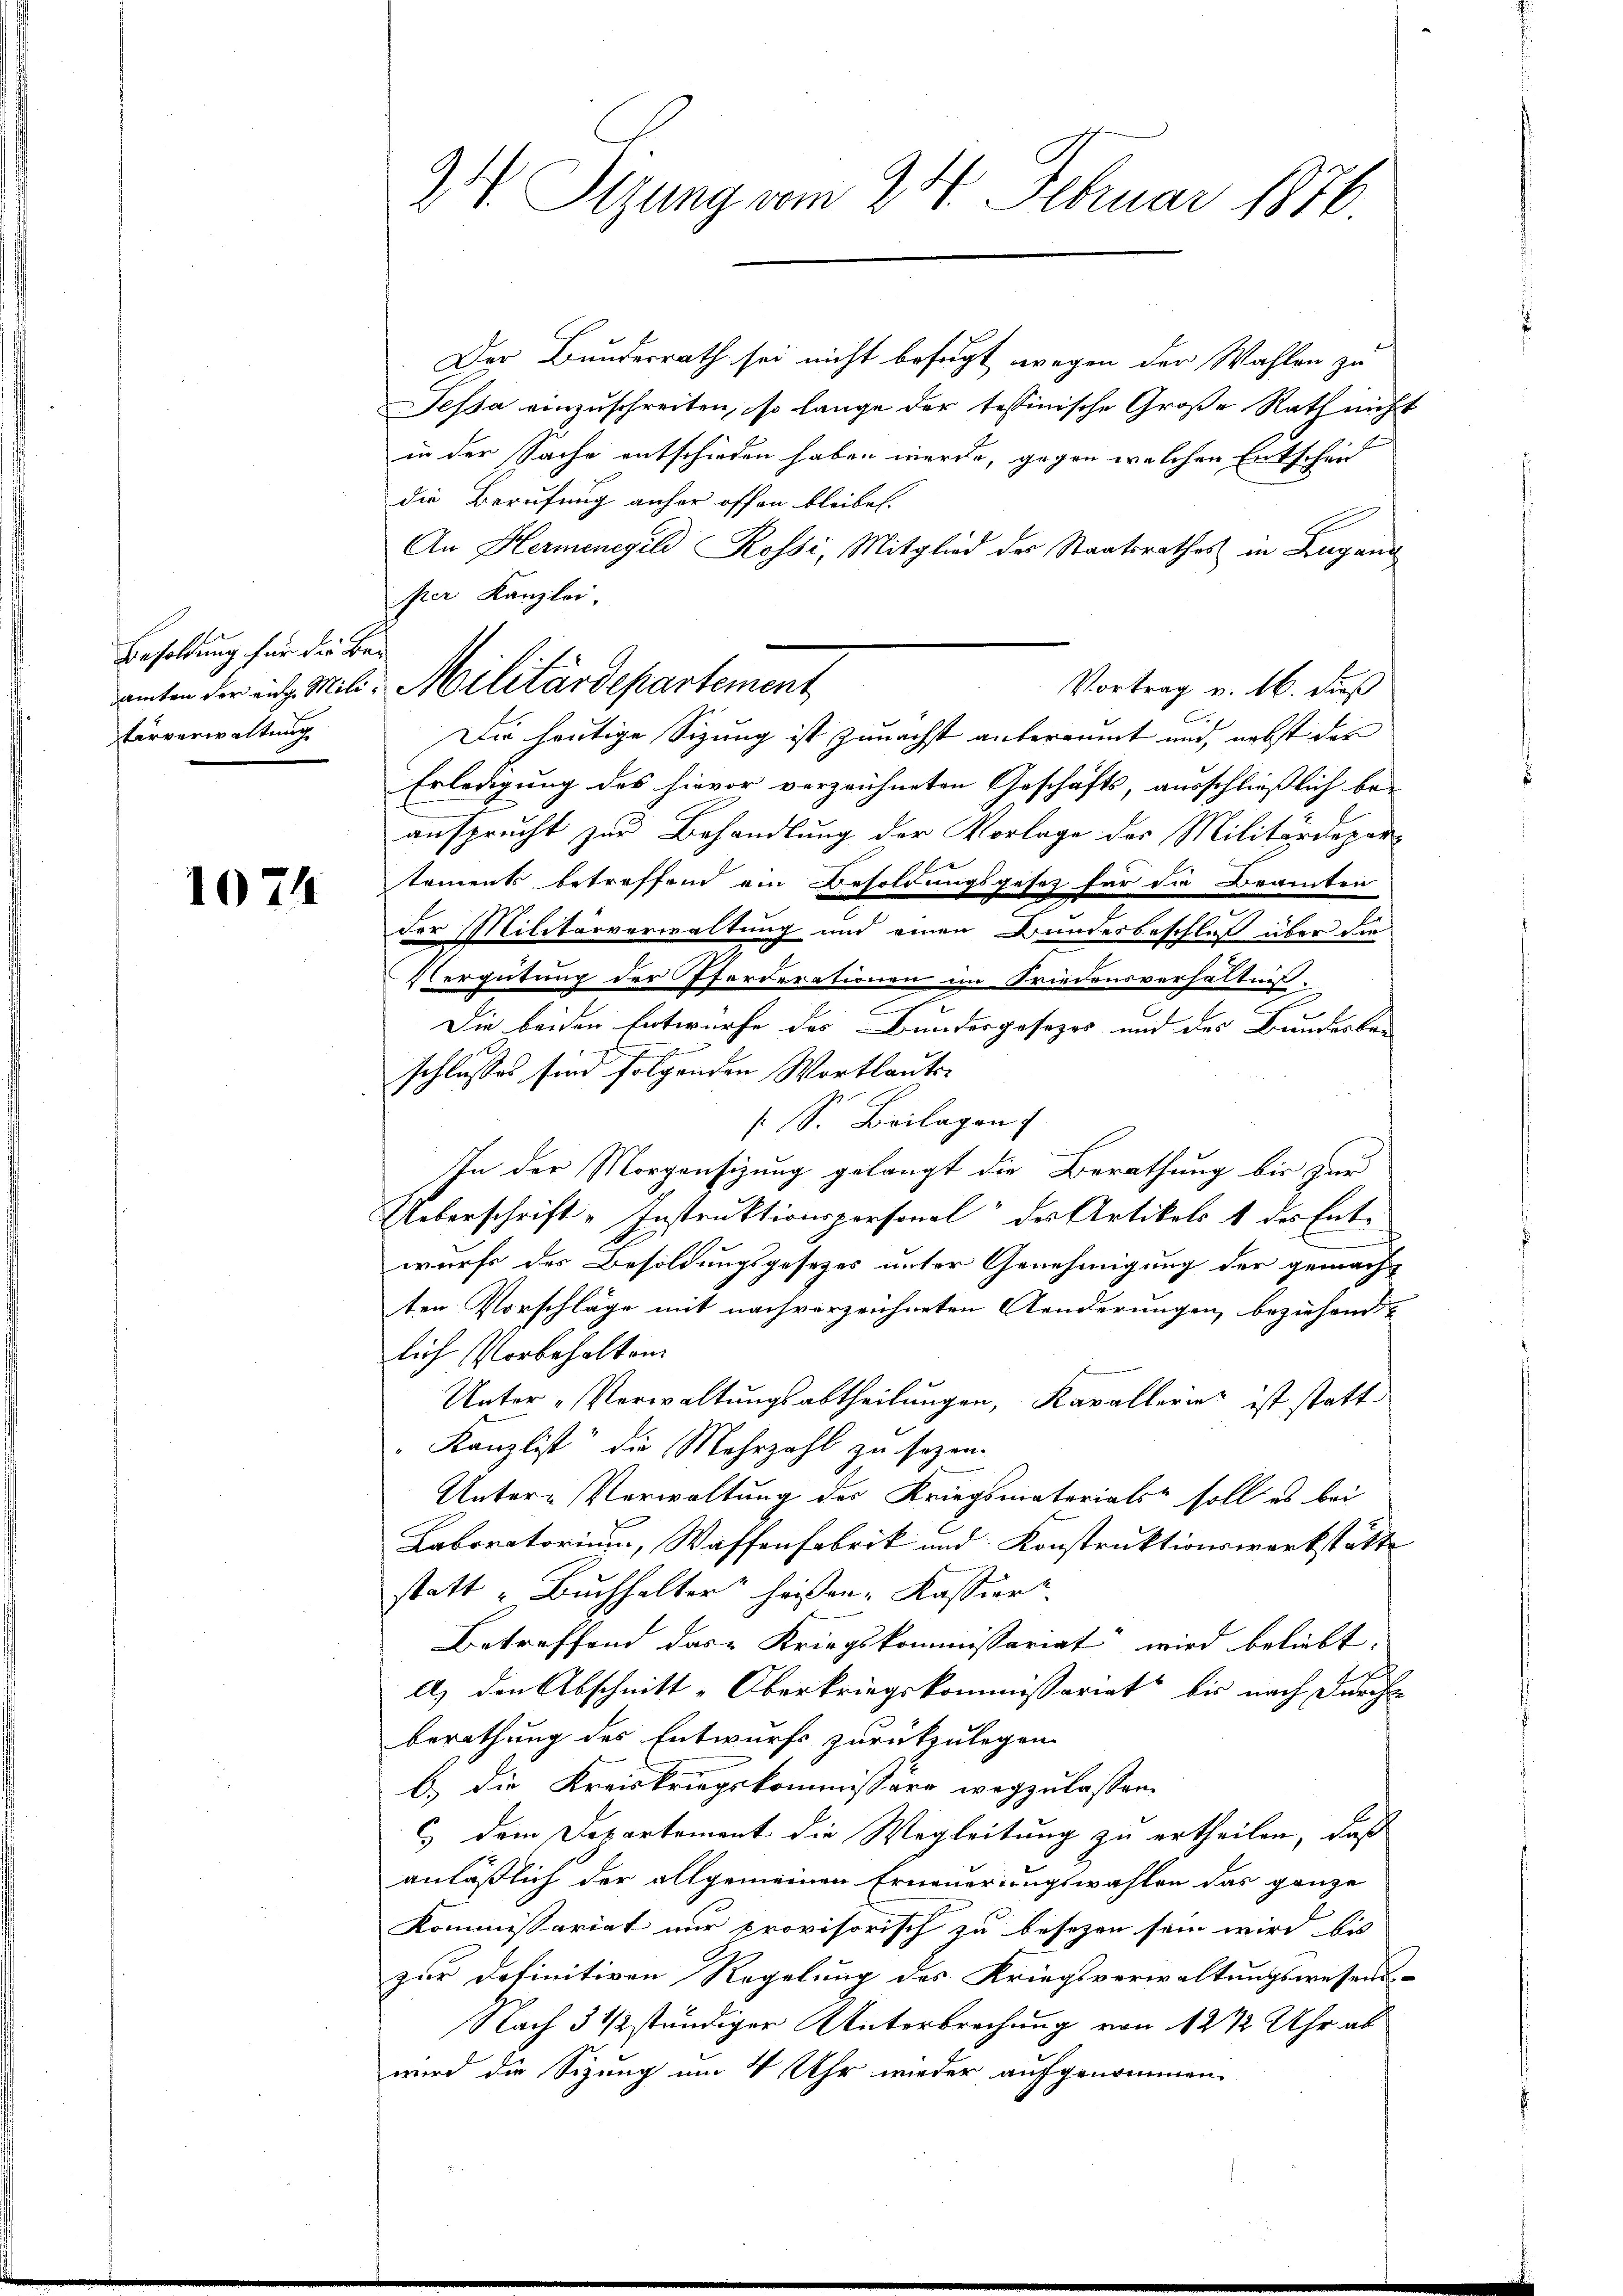
Besoldung für die Be-
terverwaltung

1074

Der Bundesrath sei nicht befugt wegen der Wahlen zu
Fessa einzuschreiten, so lange der tessinische Große Rath nicht
in der Sache entschieden haben werde, gegen welchen Entscheid
die Berufung anher offen bleibel.
An Hermenegild Rossi, Mitglied der Staatsrathes in Lugand
per Kanzlei.
amten der ing. Mili-Militärdepartement
Die heutige Sizung ist zunächst anberaumt und, nebst das
Erledigung des hievor verzeichneten Geschäfts, ausschließlich beansprucht zur Behandlung der Vorlage der Militärdepartoments betreffend ein Besoldungsgesetz für die Beamten
der Militärverwaltung und einen Bundesbeschluß über die
Vergütung der Pferderationen im Friedensverhältniß
.
e
Die beiden Entwurfe des Bundesgesezes und des Bunderbre¬
2
e
schlusses sind folgenden Wortlaute-
 S. Beilagen
In der Morgensizung gelangt die Berathung bis zur
Ueberschrift-Instruktionspersonal des Artikels 1 des Ente
wurfs des Besoldungsgesetzes unter Genehmigung der gemacht
ten Vorschläge mit nachverzeichneten Aenderungen, beziehende
lich Vorbehalten.
Unter-Verwaltungsabtheilungen, Kavallerin ist statt
Kanzlist die Mehrzahl zu sezen.
Unter-Verwaltung des Kriegsmaterials soll es bei
Laboratorium, Waffenfabrik und Konstruktionswerkstätte
statt „Buchhalter“ heissen-Kassier
Betreffend das Kriegskommissariat wird beliebt,
a) den Abschnitt-Oberkriegskommissariat bis nach Durch
berathung des Entwurfs zurückzulegen.
b.) die Kreiskriegskommissäre wegzulassen.
c dem Departement die Wegleitung zu ertheilen, daß
anläßlich der allgemeinen Erneuerungswahlen das ganze
Kommissariat nur provisorisch zu besezen sein wird bis
zur Definitiven Regelung des Kriegsverwaltungswesens
Nach 3 ½ stündiger Unterbrechung von 12 ½ Uhr ab
wird die Sitzung um 4 Uhr wieder aufgenommen

24 Itzung vom 24. Februar 1876

Vortrag v. 16. dieß